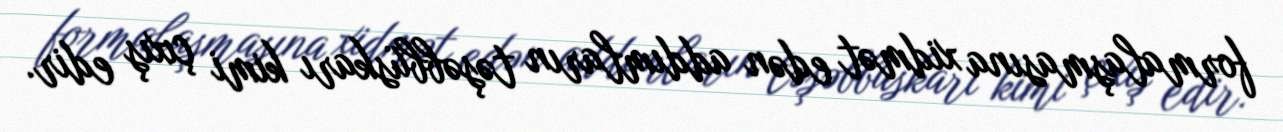
formalaşmasına xidmət edən addımların təşəbbüskarı kimi çıxış edir.